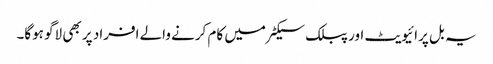
یہ بل پرائیویٹ اور پبلک سیکٹر میں کام کرنے والے افراد پر بھی لاگو ہوگا۔